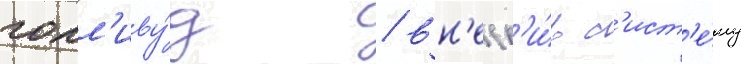
голл'иву́д / вн'едр'и́в с'ист'е́му